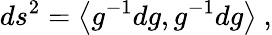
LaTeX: ds^{2}=\left<g^{-1}dg,g^{-1}dg\right>~,